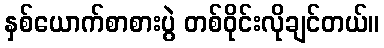
နှစ်ယောက်စာစားပွဲ တစ်ဝိုင်းလိုချင်တယ်။